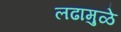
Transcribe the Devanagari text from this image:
लढामुळे